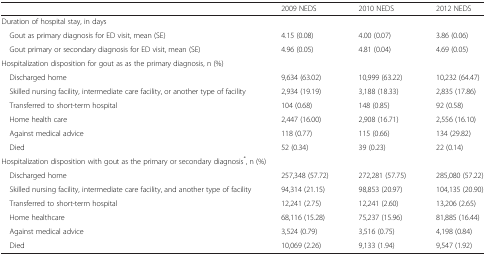
<table><thead><tr><td></td><td><b>2009 NEDS</b></td><td><b>2010 NEDS</b></td><td><b>2012 NEDS</b></td></tr></thead><tbody><tr><td colspan="4">Duration of hospital stay, in days</td></tr><tr><td> Gout as primary diagnosis for ED visit, mean (SE)</td><td>4.15 (0.08)</td><td>4.00 (0.07)</td><td>3.86 (0.06)</td></tr><tr><td> Gout primary or secondary diagnosis for ED visit, mean (SE)</td><td>4.96 (0.05)</td><td>4.81 (0.04)</td><td>4.69 (0.05)</td></tr><tr><td colspan="4">Hospitalization disposition for gout as as the primary diagnosis, n (%)</td></tr><tr><td> Discharged home</td><td>9,634 (63.02)</td><td>10,999 (63.22)</td><td>10,232 (64.47)</td></tr><tr><td> Skilled nursing facility, intermediate care facility, or another type of facility</td><td>2,934 (19.19)</td><td>3,188 (18.33)</td><td>2,835 (17.86)</td></tr><tr><td> Transferred to short-term hospital</td><td>104 (0.68)</td><td>148 (0.85)</td><td>92 (0.58)</td></tr><tr><td> Home health care</td><td>2,447 (16.00)</td><td>2,908 (16.71)</td><td>2,556 (16.10)</td></tr><tr><td> Against medical advice</td><td>118 (0.77)</td><td>115 (0.66)</td><td>134 (29.82)</td></tr><tr><td> Died</td><td>52 (0.34)</td><td>39 (0.23)</td><td>22 (0.14)</td></tr><tr><td colspan="4">Hospitalization disposition with gout as the primary or secondary diagnosis<sup>*</sup>, n (%)</td></tr><tr><td> Discharged home</td><td>257,348 (57.72)</td><td>272,281 (57.75)</td><td>285,080 (57.22)</td></tr><tr><td> Skilled nursing facility, intermediate care facility, and another type of facility</td><td>94,314 (21.15)</td><td>98,853 (20.97)</td><td>104,135 (20.90)</td></tr><tr><td> Transferred to short-term hospital</td><td>12,241 (2.75)</td><td>12,241 (2.60)</td><td>13,206 (2.65)</td></tr><tr><td> Home healthcare</td><td>68,116 (15.28)</td><td>75,237 (15.96)</td><td>81,885 (16.44)</td></tr><tr><td> Against medical advice</td><td>3,524 (0.79)</td><td>3,516 (0.75)</td><td>4,198 (0.84)</td></tr><tr><td> Died</td><td>10,069 (2.26)</td><td>9,133 (1.94)</td><td>9,547 (1.92)</td></tr></tbody></table>